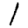
Digit: 1